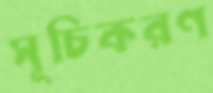
সূচিকরণ